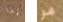
إذا هو